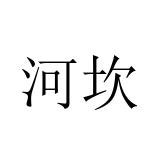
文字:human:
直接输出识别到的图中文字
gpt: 河坎